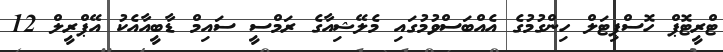
ޓްރީޓޮޕް ހޮސްޕިޓަލް ހިންގުމުގެ އެއްބަސްވުމުގައި މެލޭޝިއާގެ ރަމްސީ ސައިމް ޑާބީއާއެކު އޭޕްރީލް 12